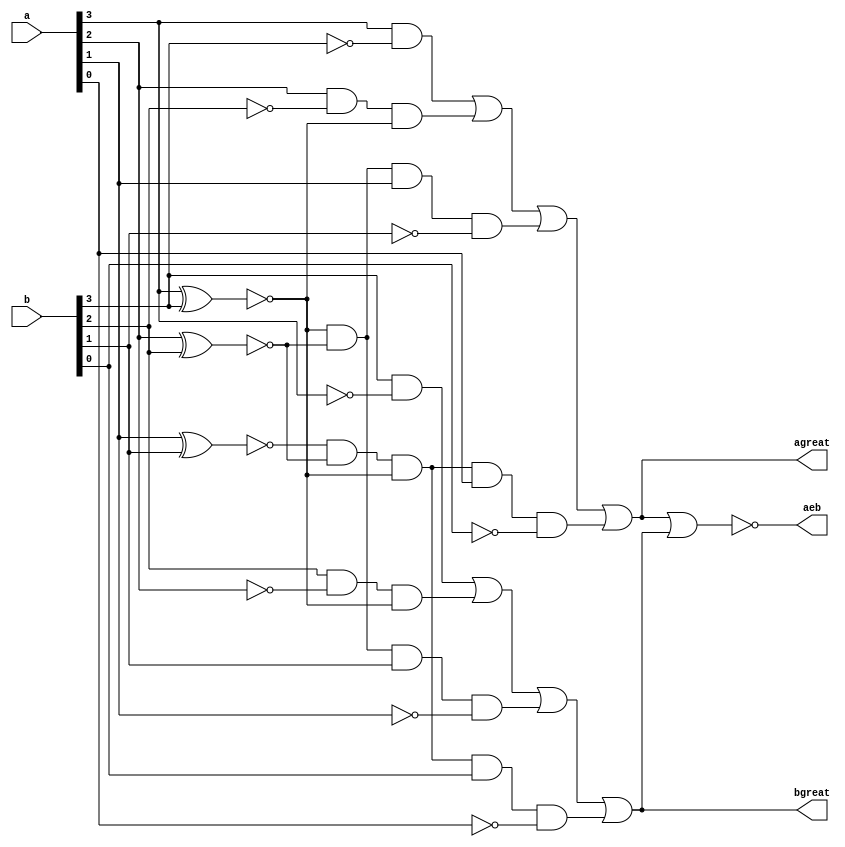
module comparator(input [3:0]a,b,output agreat,bgreat,aeb);
wire [3:0]e;
assign e[3]=~(a[3]^b[3]);
assign e[2]=~(a[2]^b[2]);
assign e[1]=~(a[1]^b[1]);
assign e[0]=~(a[0]^b[0]);
assign agreat=a[3]& ~b[3] | a[2]&(~b[2])&e[3] | e[3]&e[2]&a[1]& ~b[1] | e[1]&e[2]&e[3]&a[0]&~b[0];
assign bgreat=b[3]& ~a[3] | b[2]&(~a[2])&e[3] | e[3]&e[2]&b[1]& ~a[1] | e[1]&e[2]&e[3]&b[0]&~a[0];
assign aeb= ~(agreat|bgreat);
endmodule